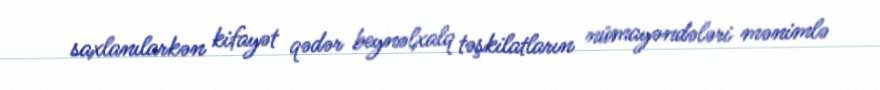
saxlanılarkən kifayət qədər beynəlxalq təşkilatların nümayəndələri mənimlə